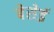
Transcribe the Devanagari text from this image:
बेसेई